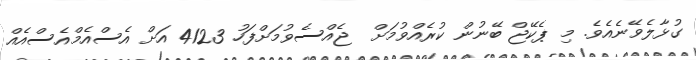
ގުޅާލެވޭނެއެވެ. މި ޕެކޭޖް ބޭނުން ކުރެއްވުމަށް  ޖެއްސެވުމަށްފަހު 4123 އަށް އެސްއެމްއެސްއެއް